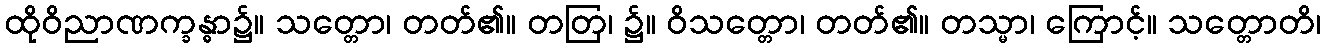
ထိုဝိညာဏက္ခန္ဓာ၌။ သတ္တော၊ တတ်၏။ တတြ၊ ၌။ ဝိသတ္တော၊ တတ်၏။ တသ္မာ၊ ကြောင့်။ သတ္တောတိ၊